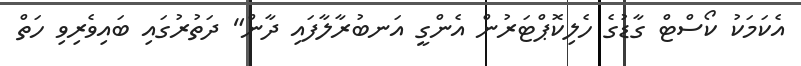
އެކަމަކު ކޯސްޓް ގާޑުގެ ހެލިކޮޕްޓަރުން އެންގީ އަނބުރާލާފައި ދާން" ދަތުރުގައި ބައިވެރިވި ހަތް